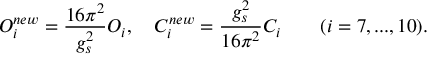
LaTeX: { \cal O } _ { i } ^ { n e w } = \frac { 1 6 \pi ^ { 2 } } { g _ { s } ^ { 2 } } { \cal O } _ { i } , \quad C _ { i } ^ { n e w } = \frac { g _ { s } ^ { 2 } } { 1 6 \pi ^ { 2 } } C _ { i } \quad \quad ( i = 7 , . . . , 1 0 ) .